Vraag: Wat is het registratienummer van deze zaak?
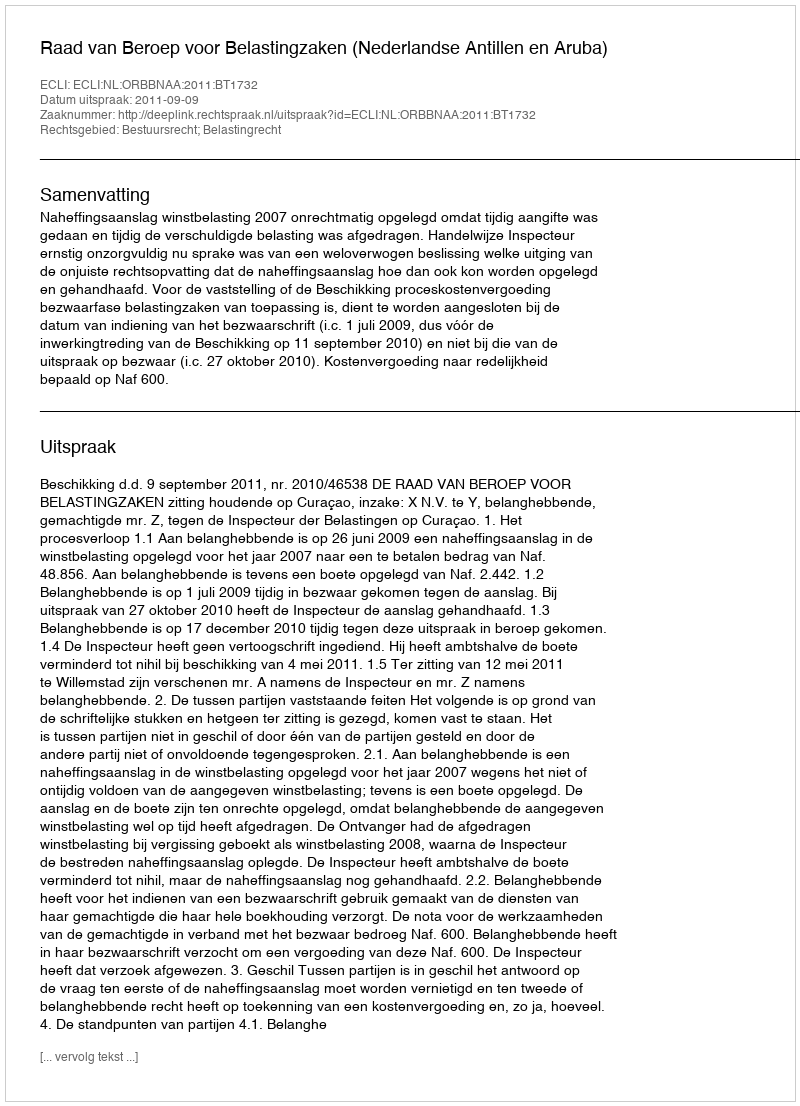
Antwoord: http://deeplink.rechtspraak.nl/uitspraak?id=ECLI:NL:ORBBNAA:2011:BT1732